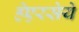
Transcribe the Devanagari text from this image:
हेएरसेये